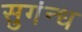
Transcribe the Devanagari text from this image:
सुगंन्ध